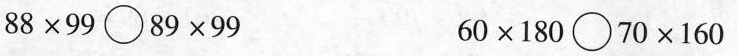
$$8 8 \times 9 9 \circ 8 9 \times 9 9$$ $$6 0 \times 1 8 0 \circ 7 0 \times 1 6 0$$